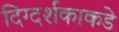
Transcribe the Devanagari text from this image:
दिग्दर्शकाकडे